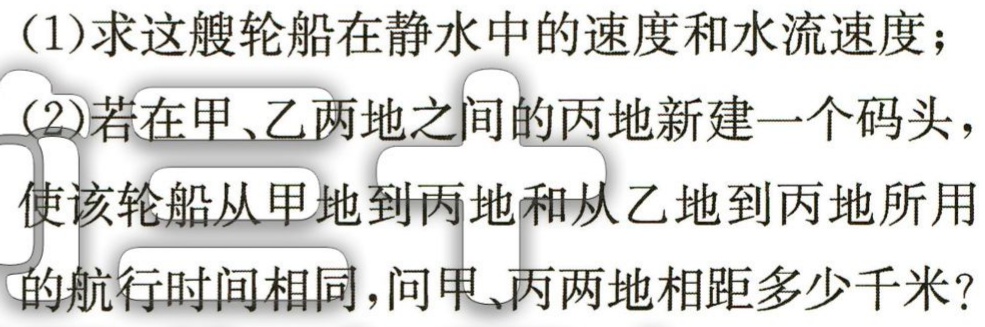
(1)求这艘轮船在静水中的速度和水流速度；

(2)若在甲、乙两地之间的丙地新建一个码头，

使该轮船从甲地到丙地和从乙地到丙地所用

的航行时间相同，问甲、丙两地相距多少千米？